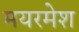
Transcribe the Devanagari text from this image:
मयरमेश